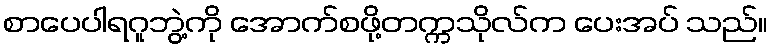
စာပေပါရဂူဘွဲ့ကို အောက်စဖို့တက္ကသိုလ်က ပေးအပ် သည်။